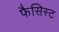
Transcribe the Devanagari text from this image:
फैसिस्ट